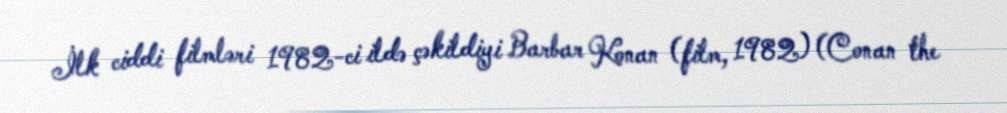
İlk ciddi filmləri 1982-ci ildə çəkildiyi Barbar Konan (film, 1982) (Conan the